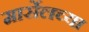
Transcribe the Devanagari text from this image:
मार्सेलच्या